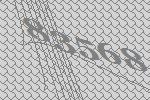
83568